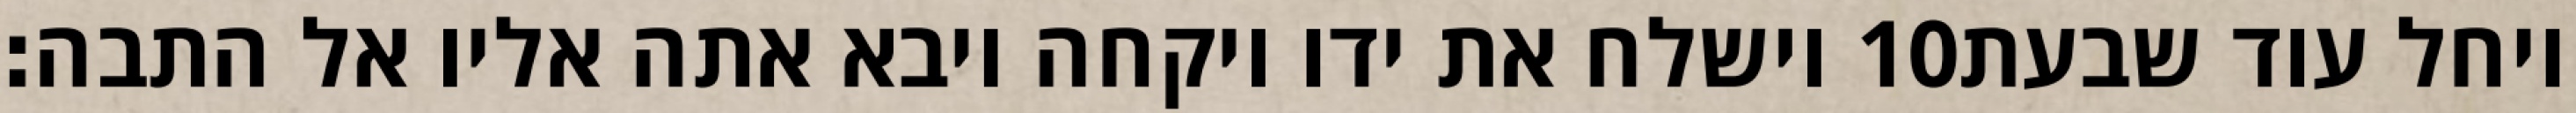
וישלח את ידו ויקחה ויבא אתה אליו אל התבה׃ ‎10‏ ויחל עוד שבעת